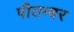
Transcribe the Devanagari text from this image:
पीतम्बर